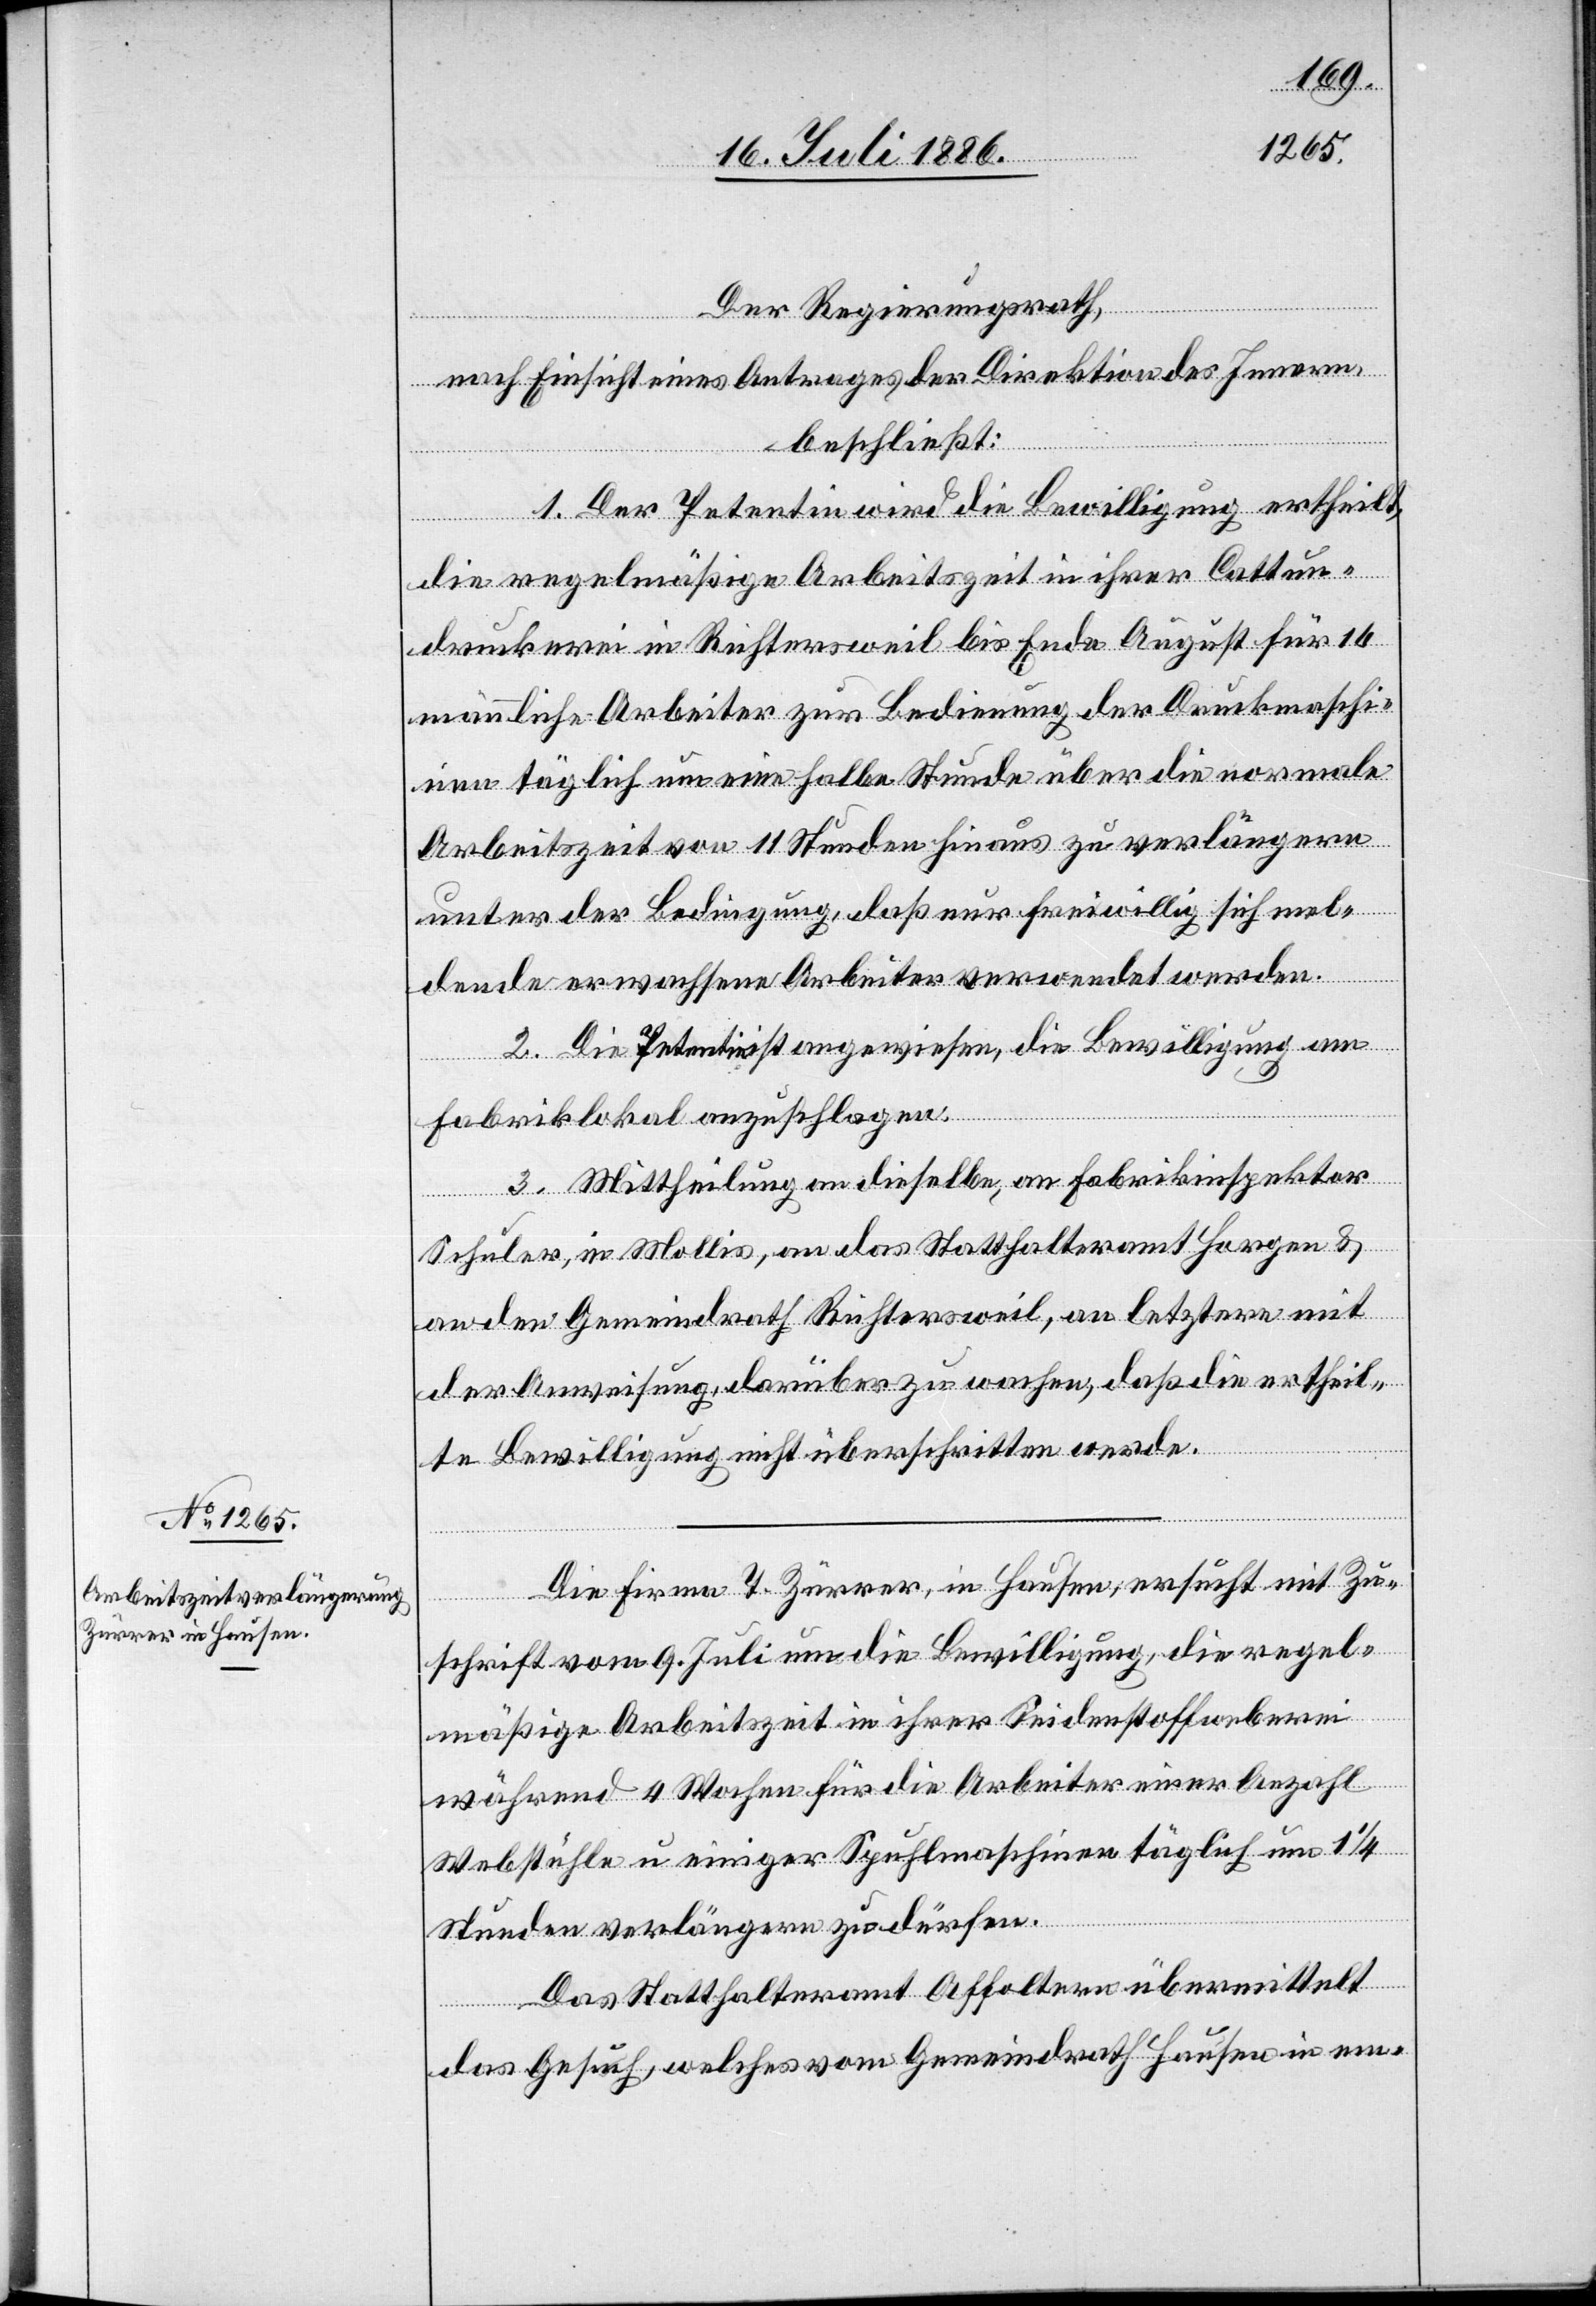
Der Regierungsrath,
nach Einsicht eines Antrages der Direktion des Innern,
beschließt:
1. Der Petentin wird die Bewilligung ertheilt,
die regelmäßige Arbeitszeit in ihrer Cattun¬
druckerei in Richtersweil bis Ende August für 16
männliche Arbeiter zur Bedienung der Druckmaschi¬
nen täglich um eine halbe Stunde über die normale
Arbeitszeit von 11 Stunden hinaus zu verlängern
unter der Bedingung, daß nur freiwillig sich mel¬
dende erwachsene Arbeiter verwendet werden.
2. Die Petentin ist angewiesen, die Bewilligung am
Fabriklokal anzuschlagen.
3. Mittheilung an dieselbe, an Fabrikinspektor
Schuler, in Mollis, an das Statthalteramt Horgen &
an den Gemeindrath Richtersweil, an letztere mit
der Anweisung, darüber zu wachen, daß die ertheil¬
te Bewilligung nicht überschritten werde.
Die Firma T. Zürrer, in Hausen, ersucht mit Zu¬
schrift vom 9. Juli um die Bewilligung, die regel¬
mäßige Arbeitszeit in ihrer Seidenstoffweberei
während 4 Wochen für die Arbeiter einer Anzahl
Webstühle u. einiger Spuhlmaschinen täglich um 1 1/4
Stunden verlängern zu dürfen.
Das Statthalteramt Affoltern übermittelt
das Gesuch, welches vom Gemeindrath Hausen in em-